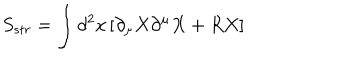
S _ { s t r } = \int d ^ { 2 } x \left[ \partial _ { \mu } X \partial ^ { \mu } X + R X \right]